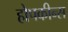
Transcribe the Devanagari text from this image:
होपकीन्स